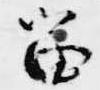
留